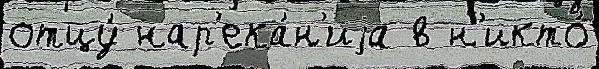
отцу́ нар'ека́н'иjа в н'икто́